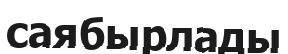
саябырлады